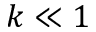
k \ll 1